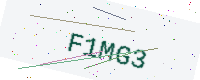
Text: F1MG3